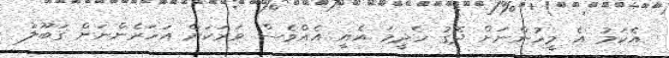
އެކަމު އެ މީހުންނަށް ދޮގު ހެދީމަ އެއީ އެއްވެސް ވަރަކަށް އަހަރެންނަށް ގަބޫލު